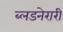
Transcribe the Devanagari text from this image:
ब्लडनेरारी